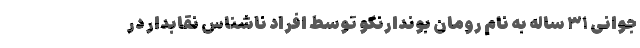
جوانی ۳۱ ساله به نام رومان بوندارنکو توسط افراد ناشناس نقابدار در